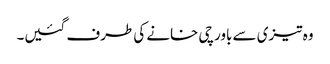
وہ تیزی سے باورچی خانے کی طرف گئیں۔